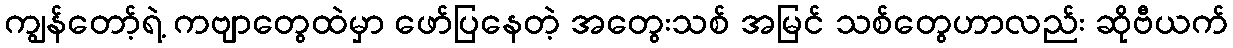
ကျွန်တော့်ရဲ့ ကဗျာတွေထဲမှာ ဖော်ပြနေတဲ့ အတွေးသစ် အမြင် သစ်တွေဟာလည်း ဆိုဗီယက်